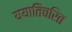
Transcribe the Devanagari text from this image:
ययातिचरित